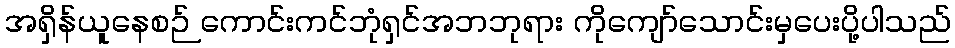
အရှိန်ယူနေစဉ် ကောင်းကင်ဘုံရှင်အဘဘုရား ကိုကျော်သောင်းမှပေးပို့ပါသည်